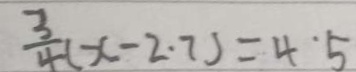
\frac { 3 } { 4 } ( x - 2 . 7 ) = 4 ^ { \cdot } 5